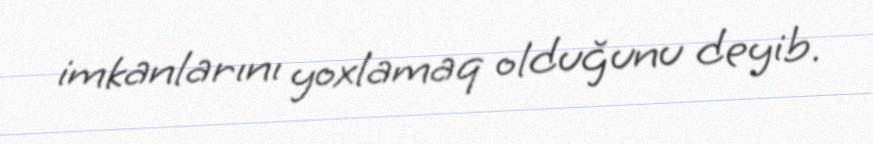
imkanlarını yoxlamaq olduğunu deyib.